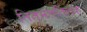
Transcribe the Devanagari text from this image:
तितमततिलक